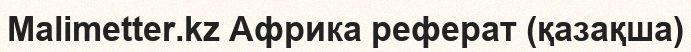
Malimetter.kz Африка реферат (қазақша)